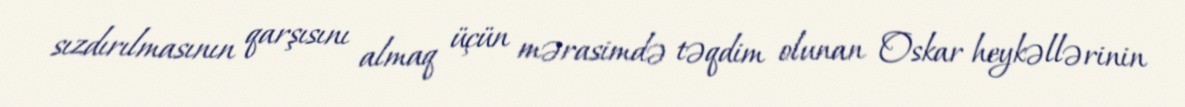
sızdırılmasının qarşısını almaq üçün mərasimdə təqdim olunan Oskar heykəllərinin